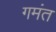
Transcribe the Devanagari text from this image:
गमंत